Leaving Certificate Examination (including Day School Certificate (Higher) General paper), 1939
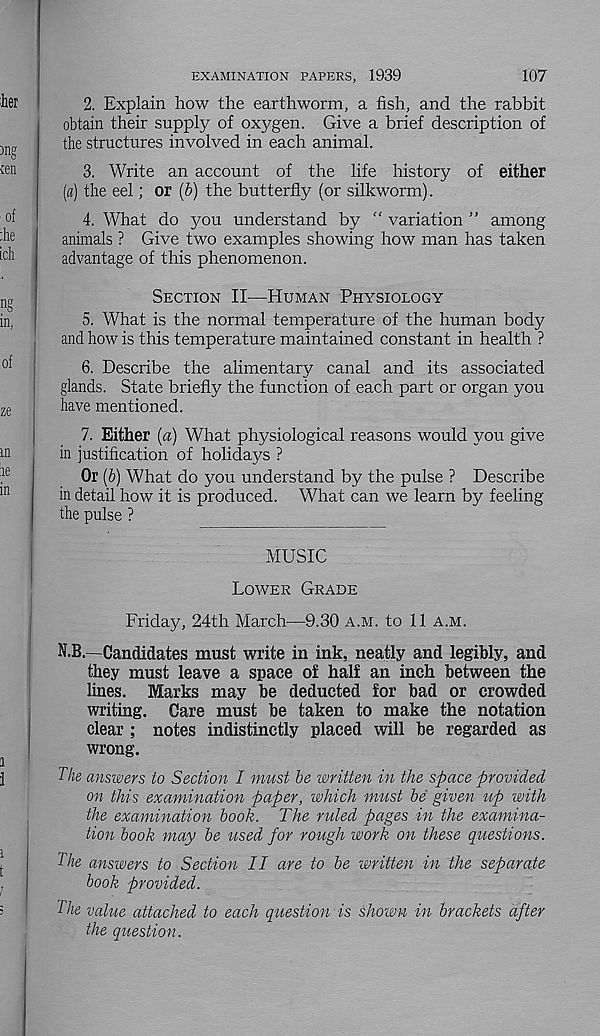
107
EXAMINATION PAPERS, 1939
2. Explain how the earthworm, a fish, and the rabbit
obtain their supply of oxygen. Give a brief description of
the structures involved in each animal.
3. Write an account of the life history of either
(a) the eel; or (b) the butterfly (or silkworm).
4. What do you understand by “ variation ” among
animals ? Give two examples showing how man has taken
advantage of this phenomenon.
Section 11^—Human Physiology
5. What is the normal temperature of the human body
and how is this temperature maintained constant in health ?
6. Describe the alimentary canal and its associated
glands. State briefly the function of each part or organ you
have mentioned.
7. Either (a) What physiological reasons would you give
in justification of holidays ?
Or (b) What do you understand by the pulse ? Describe
in detail how it is produced. What can we learn by feeling
the pulse ?
MUSIC
Lower Grade
Friday, 24th March—9.30 a.m. to 11 a.m.
N.B.—Candidates must write in ink, neatly and legibly, and
they must leave a space of half an inch between the
lines. Marks may be deducted for bad or crowded
writing. Care must be taken to make the notation
clear ; notes indistinctly placed will be regarded as
wrong.
The answers to Section I must be written in the space provided
on this examination paper, which must be given ^ip with
the examination book. The ruled pages in the examina-
tion book may be used for rough work on these questions.
The answers to Section II are to be written in the separate
book provided.
The value attached to each question is shown in brackets after
the question.